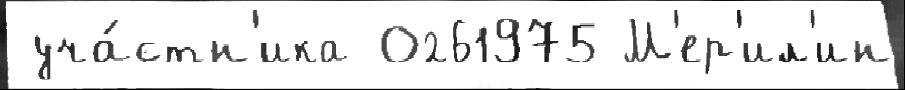
 уча́стн'ика 0261975 М'ер'ил'ин